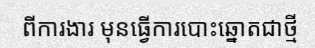
ពីការងារ មុនធ្វើការបោះឆ្នោតជាថ្មី